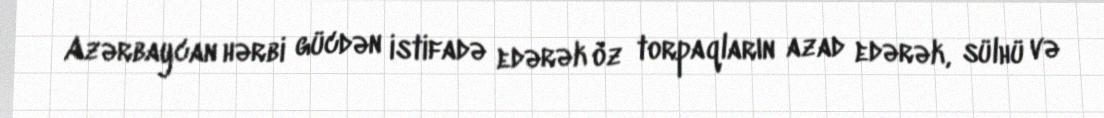
Azərbaycan hərbi gücdən istifadə edərək öz torpaqların azad edərək, sülhü və